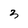
Character: 3